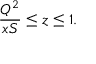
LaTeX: \frac { Q ^ { 2 } } { x S } \leq z \leq 1 .